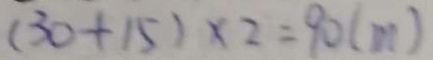
( 3 0 + 1 5 ) \times 2 = 9 0 ( m )